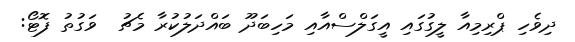
ދިވެހި ޕްރިމިއާ ލީގުގައި އީގަލްސްއާއި މަހިބަދޫ ބައްދަލުކުރާ މެޗު  ވަގުތު ފޮޓޯ: